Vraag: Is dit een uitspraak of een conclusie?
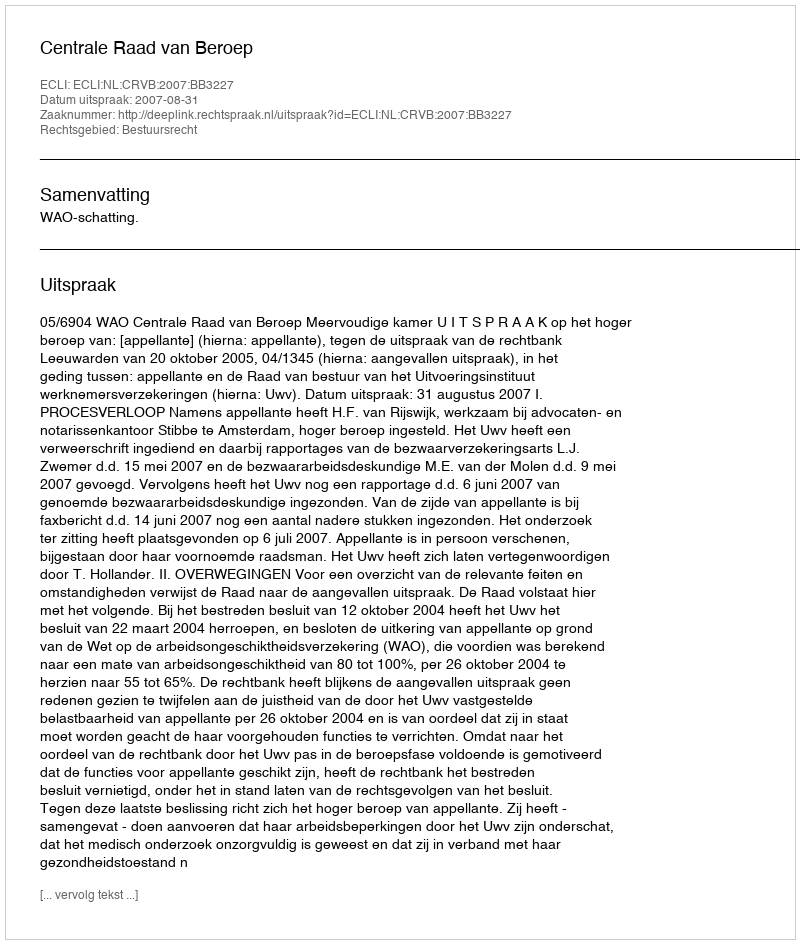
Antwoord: Uitspraak